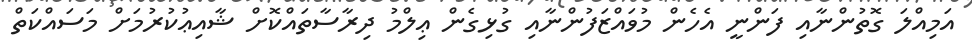
އަމިއްލަ ގޮތުންނާއި ފަންނީ އެހެން މުވައްޒަފުންނާއި ގުޅިގެން ޢިލްމު ދިރާސާތައްކޮށް ޝާއިޢުކުރުމަށް މަސައްކަތް